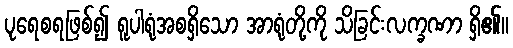
ပုရေစရဖြစ်၍ ရူပါရုံအစရှိသော အာရုံတို့ကို သိခြင်းလက္ခဏာ ရှိ၏။